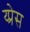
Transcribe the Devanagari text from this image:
य्प्रेस